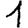
Digit: 1